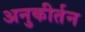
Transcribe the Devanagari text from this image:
अनुकीर्तन